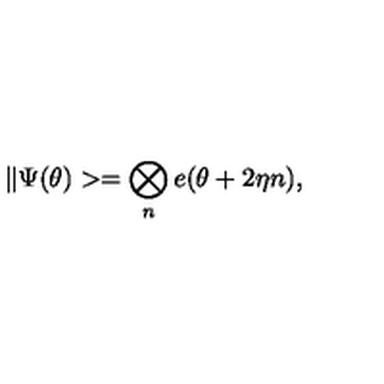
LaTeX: \| \Psi ( \theta ) > = \bigotimes _ { n } e ( \theta + 2 \eta n ) ,